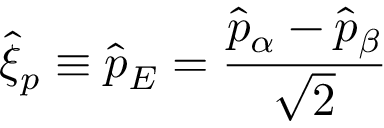
\hat { \xi } _ { p } \equiv \hat { p } _ { E } = \frac { \hat { p } _ { \alpha } - \hat { p } _ { \beta } } { \sqrt { 2 } }